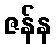
ဇန်န